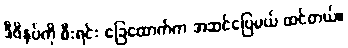
ဒီဖိနပ်ကို စီးရင်း ခြေထောက်က အဆင်ပြေမယ် ထင်တယ်။